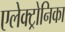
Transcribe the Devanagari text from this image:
एलेक्ट्रोनिका